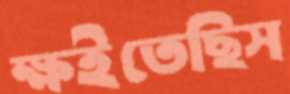
ক্ষইতেছিস